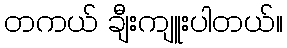
တကယ် ချီးကျူးပါတယ်။